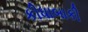
કીધાબાકી